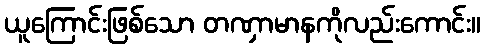
ယူကြောင်းဖြစ်သော တဏှာမာနကိုလည်းကောင်း။